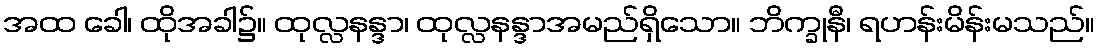
အထ ခေါ၊ ထိုအခါ၌။ ထုလ္လနန္ဒာ၊ ထုလ္လနန္ဒာအမည်ရှိသော။ ဘိက္ခုနီ၊ ရဟန်းမိန်းမသည်။